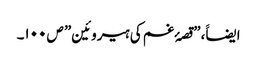
ایضاََ،”قصۂ غم کی ہیروئین” ص ۱۰۰۔